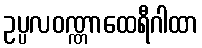
ဥပ္ပလဝဏ္ဏာထေရီဂါထာ